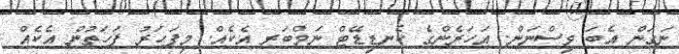
ނަގަން އެބަ ވިސްނަން. އަހަރެންގެ ކެނޑިޑޭޓް ނަމްބަރ އެކެއް. މިފަހަރު ފަހަތުން އެކެއް